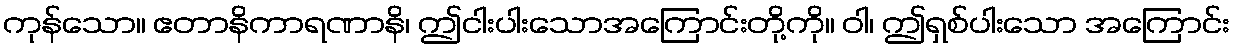
ကုန်သော။ ဧတာနိကာရဏာနိ၊ ဤငါးပါးသောအကြောင်းတို့ကို။ ဝါ၊ ဤရှစ်ပါးသော အကြောင်း